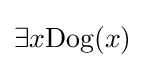
\exists x{\text{Dog}}(x)